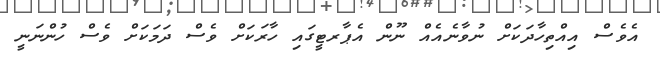
އެވެސް އިއްތިހާދަކަށް ނުވާނެއެއް ނޫން އެޕާރޓީގައި ހާރަކަށް ވެސް ދަމަކަށް ވެސް ހުންނަނީ